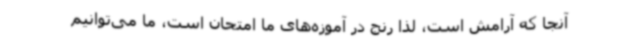
آنجا که آرامش است، لذا رنج در آموزه‌های ما امتحان است، ما می‌توانیم